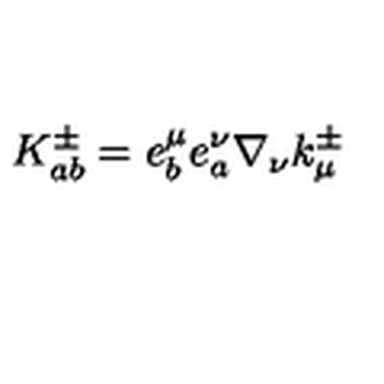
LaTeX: K _ { a b } ^ { \pm } = e _ { b } ^ { \mu } e _ { a } ^ { \nu } \nabla _ { \nu } k _ { \mu } ^ { \pm }